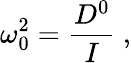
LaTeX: \omega_{0}^{2}=\frac{D^{0}}{I}~,